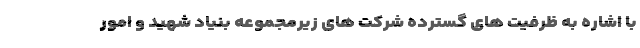
با اشاره به ظرفیت های گسترده شرکت های زیرمجموعه بنیاد شهید و امور